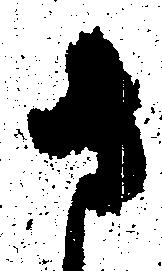
さ